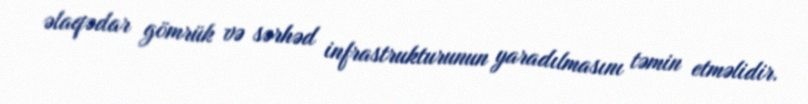
əlaqədar gömrük və sərhəd infrastrukturunun yaradılmasını təmin etməlidir.